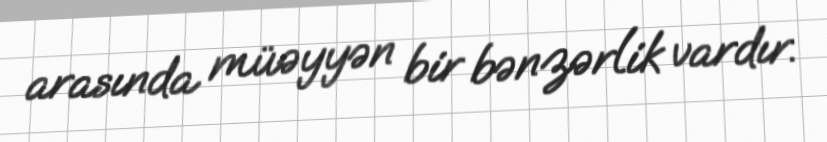
arasında müəyyən bir bənzərlik vardır.